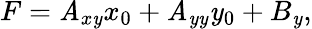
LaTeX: F=\mathit{A}_{x\mathit{y}}x_{0}+\mathit{A}_{\mathit{y}\mathit{y}}\mathit{y}_{0}+B_{\mathit{y}},